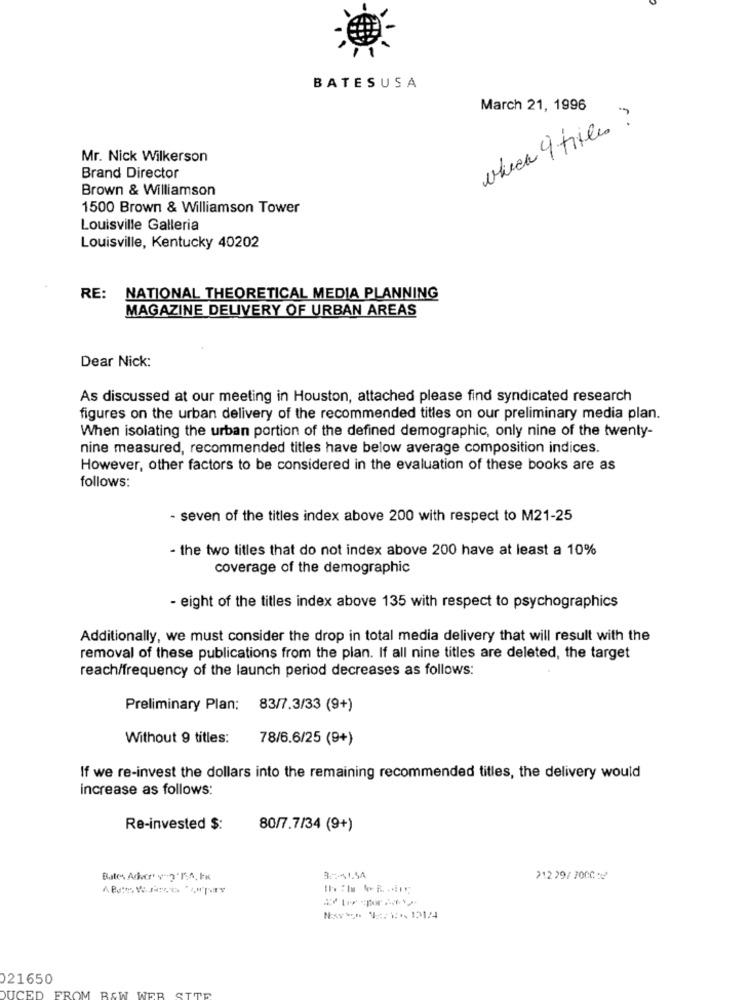
BATESUSA
March 21, 1996
check 9 titles ?
Mr. Nick Wilkerson
Brand Director
Brown & Williamson
1500 Brown & Williamson Tower
Louisville Galleria
Louisville, Kentucky 40202
RE:
NATIONAL THEORETICAL MEDIA PLANNING
MAGAZINE DELIVERY OF URBAN AREAS
Dear Nick:
As discussed at our meeting in Houston, attached please find syndicated research
figures on the urban delivery of the recommended titles on our preliminary media plan.
When isolating the urban portion of the defined demographic, only nine of the twenty-
nine measured, recommended titles have below average composition indices.
However, other factors to be considered in the evaluation of these books are as
follows:
- seven of the titles index above 200 with respect to M21-25
- the two titles that do not index above 200 have at least a 10%
coverage of the demographic
- eight of the titles index above 135 with respect to psychographics
Additionally, we must consider the drop in total media delivery that will result with the
removal of these publications from the plan. If all nine titles are deleted, the target
reach/frequency of the launch period decreases as follows:
Preliminary Plan:
83/7.3/33 (9+)
Without 9 titles:
78/6.6/25 (9+)
If we re-invest the dollars into the remaining recommended titles, the delivery would
increase as follows:
Re-invested $:
80/7.7/34 (9+)
35-41.54
21229/7000:2
Novo Nor ** 131/4
021650
FROM BOW WEB
DUCE